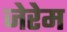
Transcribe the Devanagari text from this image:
जेरेम